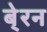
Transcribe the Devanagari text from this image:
बे्रन